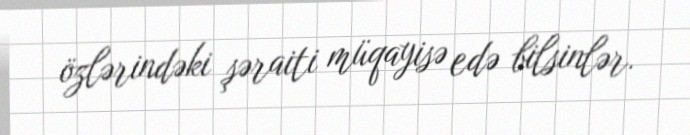
özlərindəki şəraiti müqayisə edə bilsinlər.